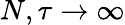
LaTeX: N,\tau\to\infty